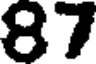
87